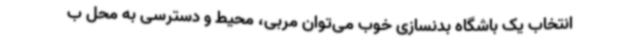
انتخاب یک باشگاه بدنسازی خوب می‌توان مربی، محیط و دسترسی به محل ب